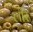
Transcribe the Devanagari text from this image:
लीरे